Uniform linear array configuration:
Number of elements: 48
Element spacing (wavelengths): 1
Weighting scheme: uniform
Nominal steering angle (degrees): -15
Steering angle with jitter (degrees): -16.739
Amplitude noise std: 0.05
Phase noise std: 0.05

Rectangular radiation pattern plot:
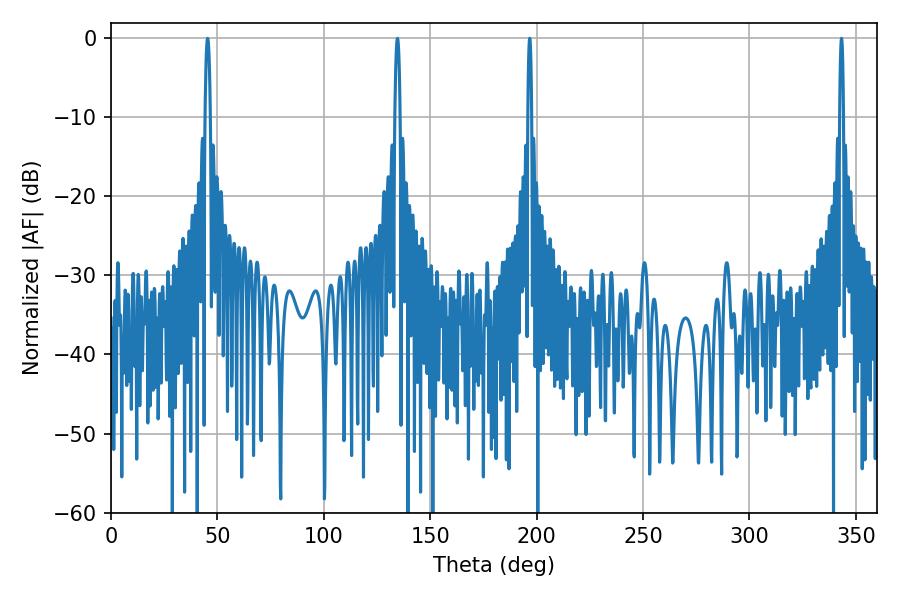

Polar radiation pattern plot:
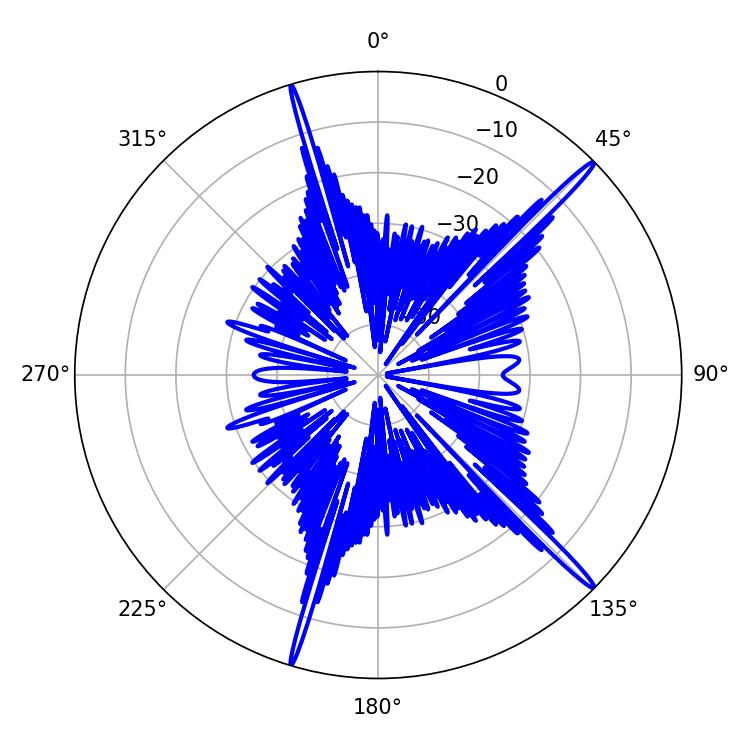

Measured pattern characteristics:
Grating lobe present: TRUE
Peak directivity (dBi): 18.303
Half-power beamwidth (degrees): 1.08
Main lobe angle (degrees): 196.74